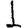
Digit: 1